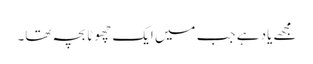
مجھے یاد ہے جب میں ایک چھوٹا بچہ تھا۔